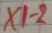
Text: X1-2